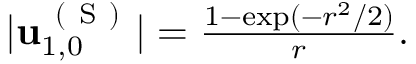
\begin{array} { r } { \vert \mathbf { u } _ { 1 , 0 } ^ { \mathrm { ~ ( ~ S ~ ) ~ } } \vert = \frac { 1 - \exp ( - r ^ { 2 } / 2 ) } { r } . } \end{array}